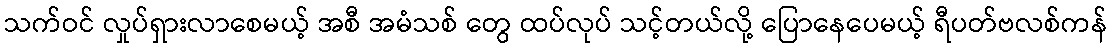
သက်ဝင် လှုပ်ရှားလာစေမယ့် အစီ အမံသစ် တွေ ထပ်လုပ် သင့်တယ်လို့ ပြောနေပေမယ့် ရီပတ်ဗလစ်ကန်